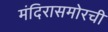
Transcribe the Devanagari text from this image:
मंदिरासमोरची